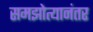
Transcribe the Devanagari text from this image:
समझोत्यानंतर